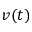
v ( t )